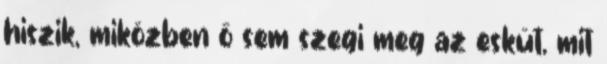
hiszik, miközben ő sem szegi meg az esküt, mit